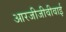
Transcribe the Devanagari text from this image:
आरजीजीवीवाई